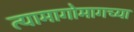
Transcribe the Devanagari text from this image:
त्यामागोमागच्या